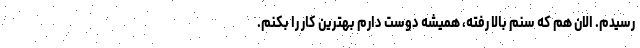
رسیدم. الان هم که سنم بالا رفته، همیشه دوست دارم بهترین کار را بکنم.